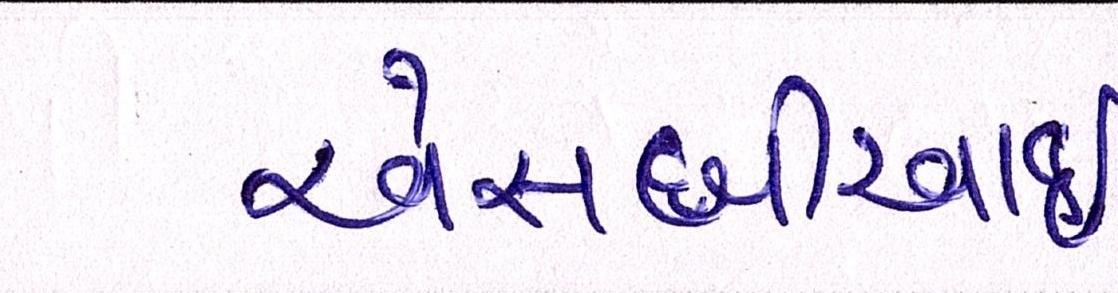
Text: એસબીઆઇ